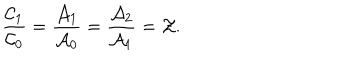
\frac { \mathcal { C } _ { 1 } } { \mathcal { C } _ { 0 } } = \frac { \mathcal { A } _ { 1 } } { \mathcal { A } _ { 0 } } = \frac { \mathcal { A } _ { 2 } } { \mathcal { A } _ { 1 } } = \mathcal { Z } .